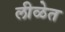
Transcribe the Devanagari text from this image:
लीळेत